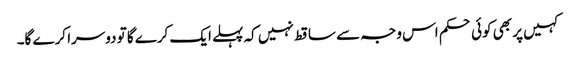
کہیں پر بھی کوئی حکم اس وجہ سے ساقط نہیں کہ پہلے ایک کرے گا تو دوسرا کرے گا۔